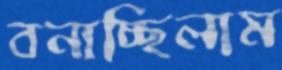
বনাচ্ছিলাম